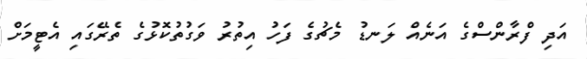
އަދި ފްރާންސްގެ އަނެއް ލަނޑު މެޗުގެ ފަހު އިތުރު ވަގުތުކޮޅުގެ ތެރޭގައި އެޓީމަށް